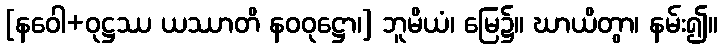
[နဝေါ+ဝုဋ္ဌဿ ယဿာတိ နဝဝုဋ္ဌော၊] ဘူမိယံ၊ မြေ၌။ ဃာယိတွာ၊ နမ်း၍။